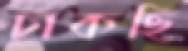
ঢাকছি